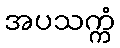
အပသက္ကံ